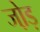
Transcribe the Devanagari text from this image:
जो़ड़